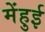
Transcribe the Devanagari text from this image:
मेंहुई